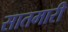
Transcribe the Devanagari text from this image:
सातमारी